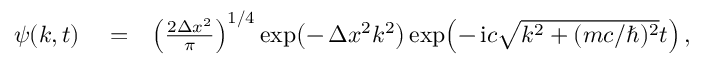
\begin{array} { r l r } { \psi ( k , t ) } & { { } = } & { \left( \frac { 2 \Delta x ^ { 2 } } { \pi } \right) ^ { 1 / 4 } \exp \! \left( - \, \Delta x ^ { 2 } k ^ { 2 } \right) \exp \! \left( - \, \mathrm { i } c \sqrt { k ^ { 2 } + ( m c / \hbar ) ^ { 2 } } t \right) , } \end{array}